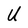
Character: U